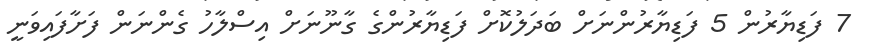
7 ފަޑިޔާރުން 5 ފަޑިޔާރުންނަށް ބަދަލުކޮށް ފަޑިޔާރުންގެ ގާނޫނަށް އިސްލާހު ގެންނަން ފަށާފައިވަނީ